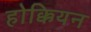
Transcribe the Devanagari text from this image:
होक्कियन